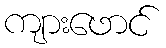
ကျားဖောင်